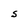
Character: S